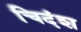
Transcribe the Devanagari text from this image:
चिदंश